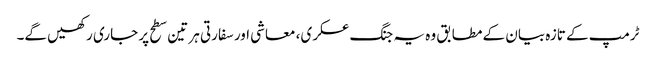
ٹرمپ کے تازہ بیان کے مطابق وہ یہ جنگ عسکری، معاشی اور سفارتی ہر تین سطح پر جاری رکھیں گے۔